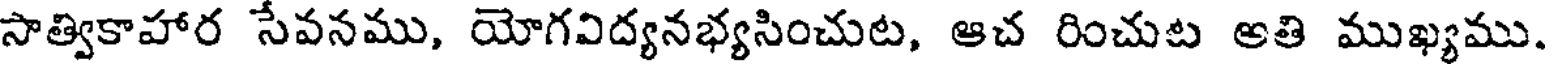
సాత్వికాహార సేవనము, యోగవిద్యనభ్యసించుట, ఆచ రించుట అతి ముఖ్యము.